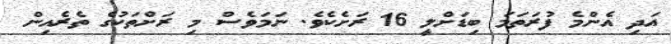
އަދި އެންމެ ފުރަތަމަ ބިޑަށްލީ 16 ރަށެކެވެ. ނަމަވެސް މި ރަށްތަކުގެ ތެރެއިން